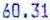
60.31